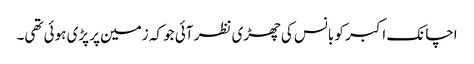
اچانک اکبر کو بانس کی چھڑی نظر آئی جو کہ زمین پر پڑی ہوئی تھی۔